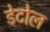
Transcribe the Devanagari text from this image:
डेटोल